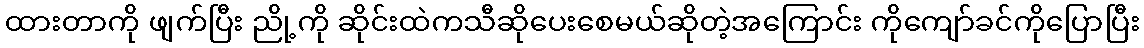
ထားတာကို ဖျက်ပြီး ညို့ကို ဆိုင်းထဲကသီဆိုပေးစေမယ်ဆိုတဲ့အကြောင်း ကိုကျော်ခင်ကိုပြောပြီး